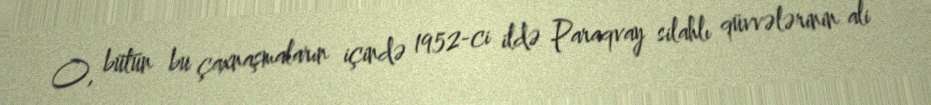
O, bütün bu çaxnaşmaların içində 1952-ci ildə Paraqvay silahlı qüvvələrinin ali